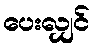
ပေးလျှင်